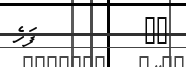
٨٤         ފަހެ